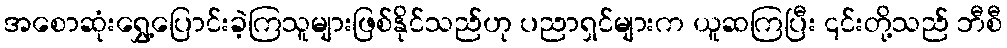
အစောဆုံးရွှေ့ပြောင်းခဲ့ကြသူများဖြစ်နိုင်သည်ဟု ပညာရှင်များက ယူဆကြပြီး ၎င်းတို့သည် ဘီစီ